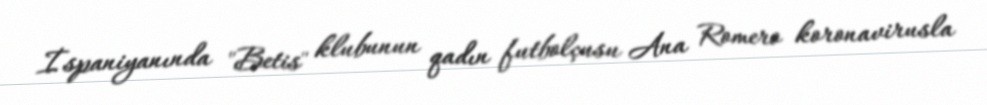
İspaniyanında "Betis" klubunun qadın futbolçusu Ana Romero koronavirusla